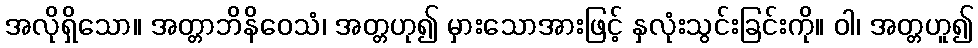
အလိုရှိသော။ အတ္တာဘိနိဝေသံ၊ အတ္တဟု၍ မှားသောအားဖြင့် နှလုံးသွင်းခြင်းကို။ ဝါ၊ အတ္တဟူ၍